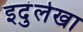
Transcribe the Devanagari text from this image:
इदुंलेखा